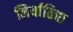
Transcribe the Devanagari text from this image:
निर्यातिचा